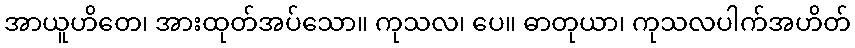
အာယူဟိတေ၊ အားထုတ်အပ်သော။ ကုသလ၊ ပေ။ ဓာတုယာ၊ ကုသလပါက်အဟိတ်